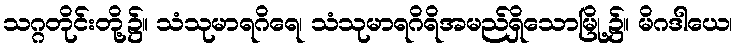
သဂ္ဂတိုင်းတို့၌။ သံသုမာရဂိရေ၊ သံသုမာရဂိရိအမည်ရှိသောမြို့၌။ မိဂဒါယေ၊